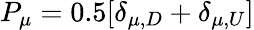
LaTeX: P_{\mu}=0.5[\delta_{\mu,D}+\delta_{\mu,U}]